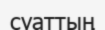
суаттың